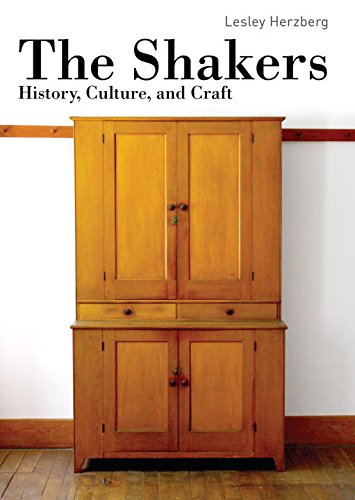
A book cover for The Shakers (Shire Library); Lesley Herzberg; Christian Books & Bibles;